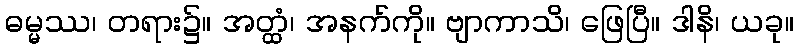
ဓမ္မဿ၊ တရား၌။ အတ္ထံ၊ အနက်ကို။ ဗျာကာသိ၊ ဖြေပြီ။ ဒါနိ၊ ယခု။